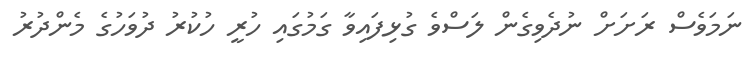
ނަމަވެސް ރަށަށް ނުދެވިގެން ލަސްވެ ގުޅިފައިވާ ގަމުގައި ހުރީ ހުކުރު ދުވަހުގެ މެންދުރު